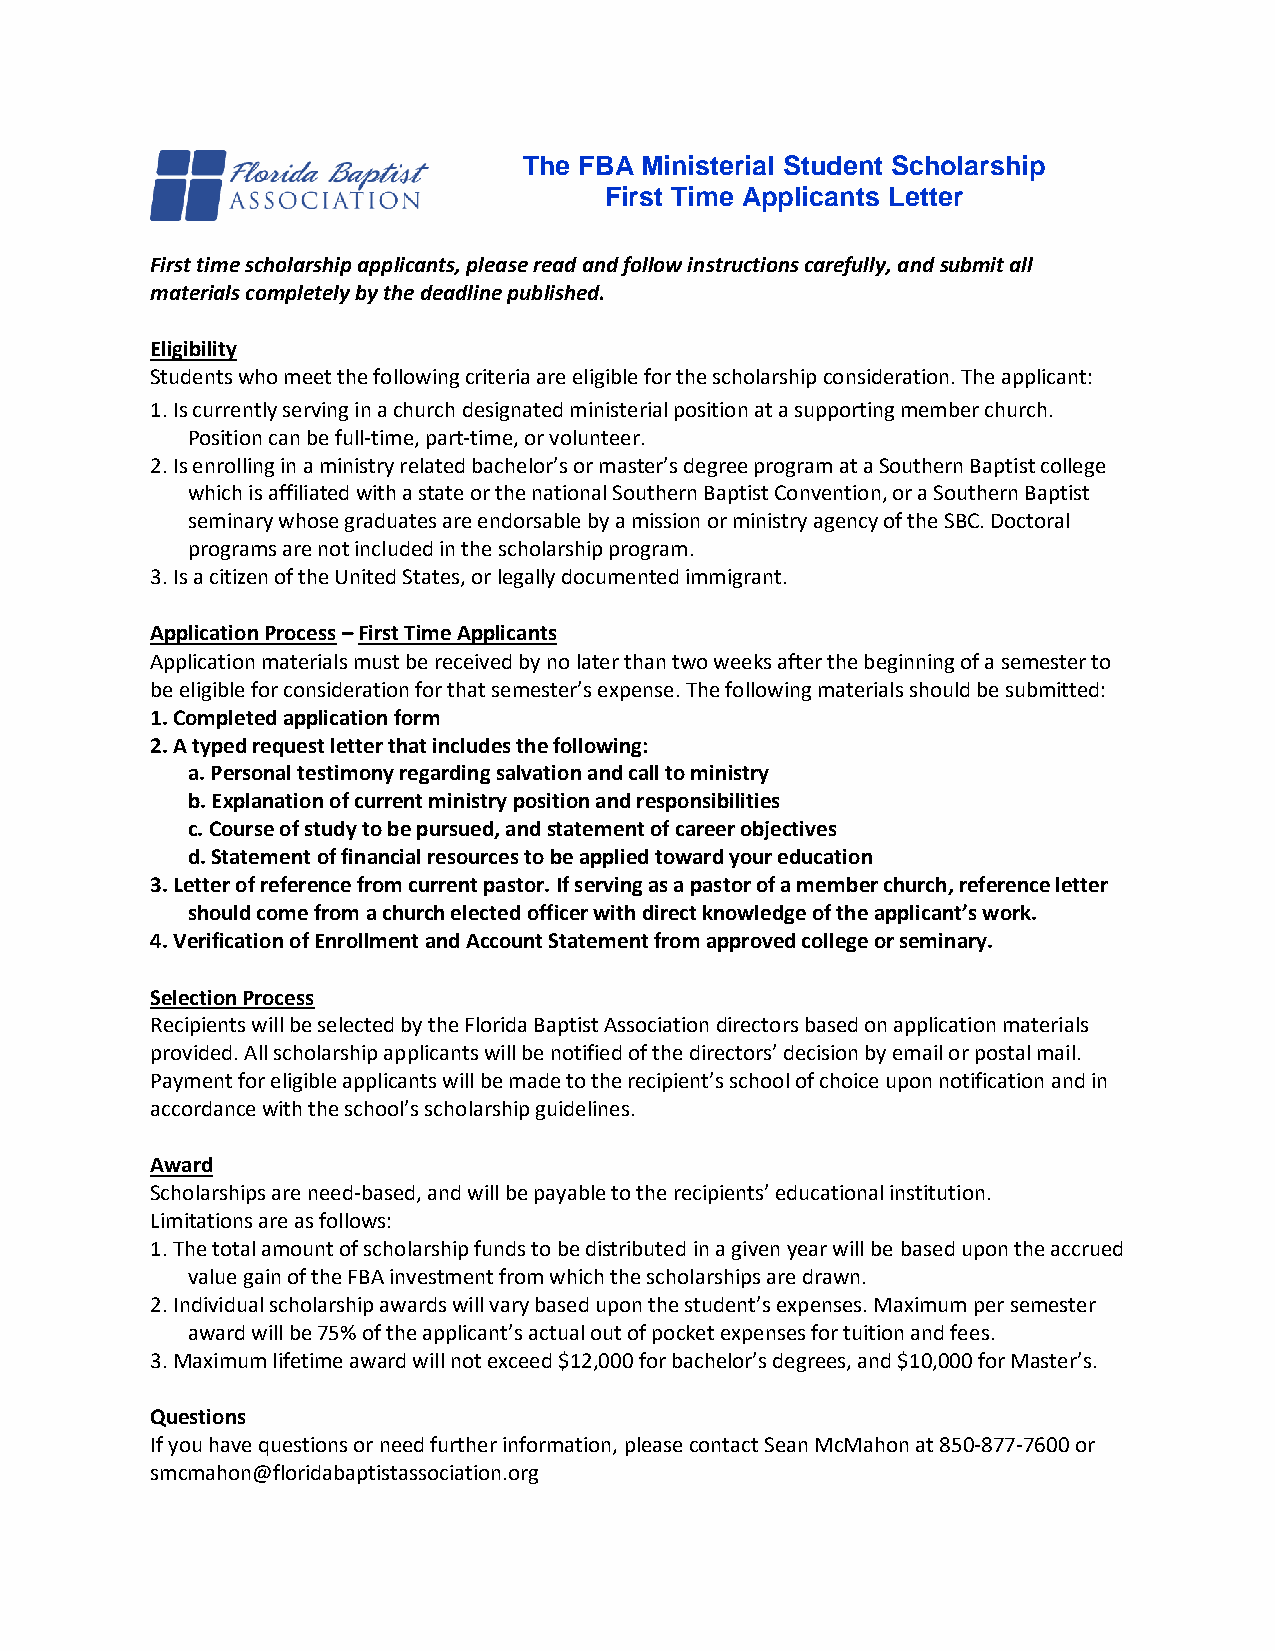
The FBA Ministerial Student Scholarship
 First Time Applicants Letter
 First time scholarship applicants, please read and follow instructions carefully, and submit all
 materials completely by the deadline published.
 Eligibility
 Students who meet the following criteria are eligible for the scholarship consideration. The applicant:
 1. Is currently serving in a church designated ministerial position at a supporting member church.
 Position can be full-time, part-time, or volunteer.
 2. Is enrolling in a ministry related bachelor’s or master’s degree program at a Southern Baptist college
 which is affiliated with a state or the national Southern Baptist Convention, or a Southern Baptist
 seminary whose graduates are endorsable by a mission or ministry agency of the SBC. Doctoral
 programs are not included in the scholarship program.
 3. Is a citizen of the United States, or legally documented immigrant.
 Application Process – First Time Applicants
 Application materials must be received by no later than two weeks after the beginning of a semester to
 be eligible for consideration for that semester’s expense. The following materials should be submitted:
 1. Completed application form
 2. A typed request letter that includes the following:
 a. Personal testimony regarding salvation and call to ministry
 b. Explanation of current ministry position and responsibilities
 c. Course of study to be pursued, and statement of career objectives
 d. Statement of financial resources to be applied toward your education
 3. Letter of reference from current pastor. If serving as a pastor of a member church, reference letter
 should come from a church elected officer with direct knowledge of the applicant’s work.
 4. Verification of Enrollment and Account Statement from approved college or seminary.
 Selection Process
 Recipients will be selected by the Florida Baptist Association directors based on application materials
 provided. All scholarship applicants will be notified of the directors’ decision by email or postal mail.
 Payment for eligible applicants will be made to the recipient’s school of choice upon notification and in
 accordance with the school’s scholarship guidelines.
 Award
 Scholarships are need-based, and will be payable to the recipients’ educational institution.
 Limitations are as follows:
 1. The total amount of scholarship funds to be distributed in a given year will be based upon the accrued
 value gain of the FBA investment from which the scholarships are drawn.
 2. Individual scholarship awards will vary based upon the student’s expenses. Maximum per semester
 award will be 75% of the applicant’s actual out of pocket expenses for tuition and fees.
 3. Maximum lifetime award will not exceed $12,000 for bachelor’s degrees, and $10,000 for Master’s.
 Questions
 If you have questions or need further information, please contact Sean McMahon at 850-877-7600 or
 smcmahon@floridabaptistassociation.org